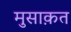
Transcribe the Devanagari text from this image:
मुसाक़त